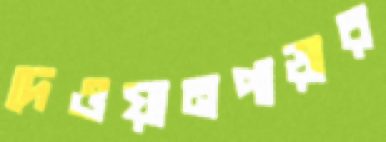
দেওয়ানপাড়ার